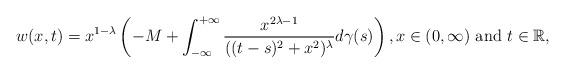
LaTeX: \begin{align*}w(x,t)=x^{1-\lambda }\left(-M+\int_{-\infty }^{+\infty }\frac{x^{2\lambda -1}}{((t-s)^2+x^2)^\lambda }d\gamma (s)\right),x\in (0,\infty )\mbox{ and }t\in \mathbb{R},\end{align*}